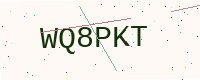
Text: WQ8PKT